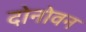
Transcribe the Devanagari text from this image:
दोनोवन